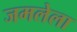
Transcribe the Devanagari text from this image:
जमलेला